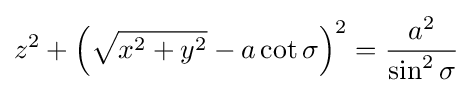
z^{2}+\left({\sqrt {x^{2}+y^{2}}}-a\cot \sigma \right)^{2}={\frac {a^{2}}{\sin ^{2}\sigma }}